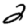
Digit: 2